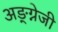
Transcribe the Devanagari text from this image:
अङ्ग्नेजी